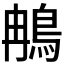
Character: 𬷇